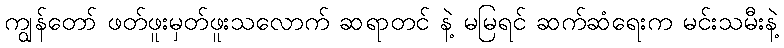
ကျွန်တော် ဖတ်ဖူးမှတ်ဖူးသလောက် ဆရာတင် နဲ့ မမြရင် ဆက်ဆံရေးက မင်းသမီးနဲ့